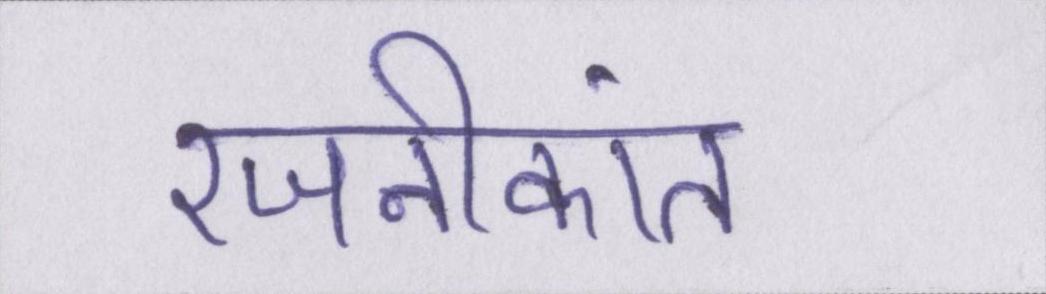
रजनीकांत